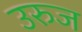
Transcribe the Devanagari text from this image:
उरुज